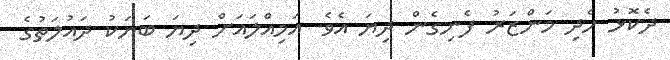
ދެކޮޅު ހެދި މަންޒަރު ފެނިގެން ދިޔަ އެވެ. އަމިއްލައަށް ދިޔަ ބަޔަކު ދައުލަތުގެ